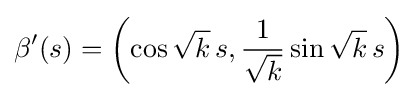
\beta '(s)=\left(\cos {\sqrt {k}}\,s,{\frac {1}{\sqrt {k}}}\sin {\sqrt {k}}\,s\right)